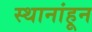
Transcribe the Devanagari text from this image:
स्थानांहून